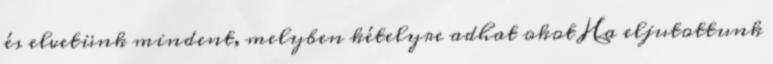
és elvetünk mindent, melyben kételyre adhat okot Ha eljutottunk